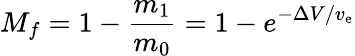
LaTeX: M_{f}=1-{\frac{m_{1}}{m_{0}}}=1-e^{-\Delta V/v_{\mathrm{e}}}